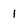
Character: 1